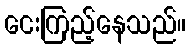
ငေးကြည့်နေသည်။